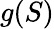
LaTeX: g(S)